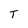
Character: T